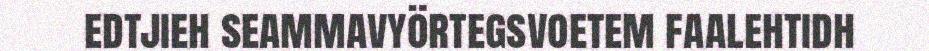
edtjieh seammavyörtegsvoetem faalehtidh